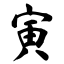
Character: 寅